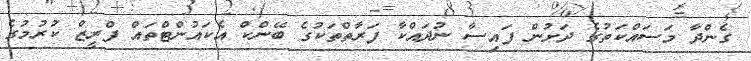
ގެންދާ މަސައްކަތުގެ ދަށުން ފައިސާ ނުދައްކާ ފަރާތްތަކުގެ ބޭންކް އެކައުންޓްތައް ފްރީޒް ކުރުމުގެ